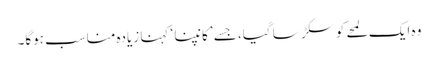
وہ ایک لمحے کو سکڑ سا گیا، جسے ’کانپنا ‘ کہنا زیادہ مناسب ہوگا۔